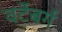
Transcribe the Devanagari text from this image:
वर्टेबर्ग